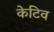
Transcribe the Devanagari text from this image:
केटिव